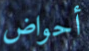
أحواض